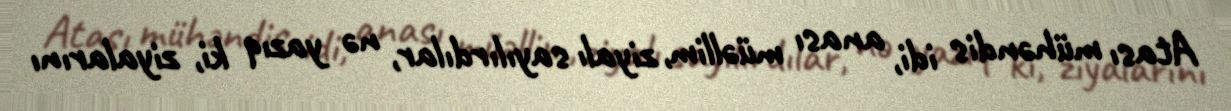
Atası mühəndis idi, anası müəllim, ziyalı sayılırdılar, nə yazıq ki, ziyalarını